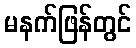
မနက်ဖြန်တွင်